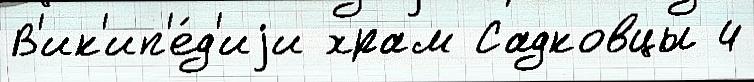
В'ик'ип'е́д'иjи храм Садковцы 4